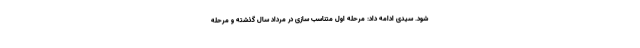
شود. سیدی ادامه داد: مرحله اول متناسب سازی در مرداد سال گذشته و مرحله